Civil Veterinary Department. United Provinces 1932-42 - 1932-1942
Year: 1932
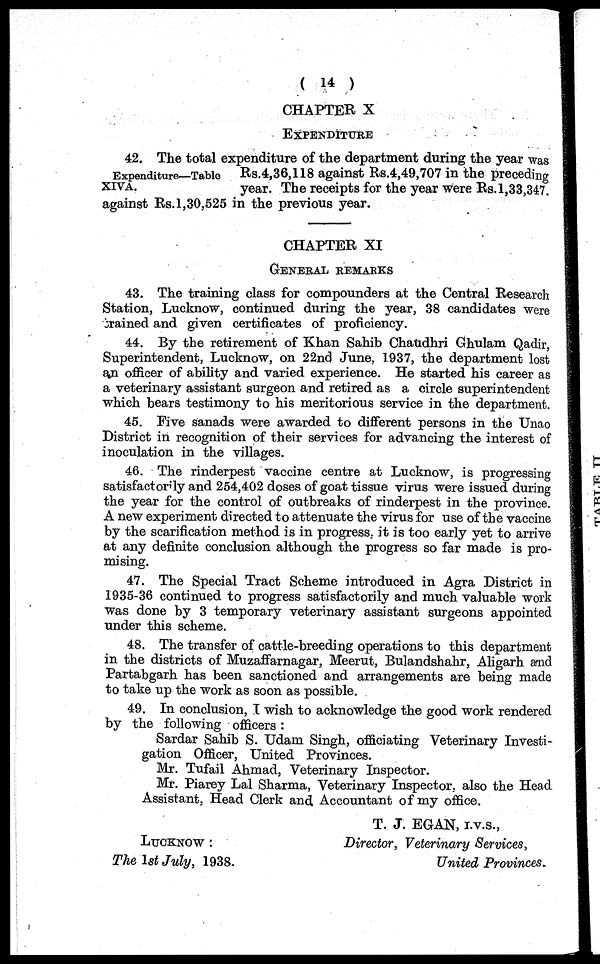
(14)
CHAPTER X
EXPENDITURE
Expenditure—Table
XIVA.
42. The total expenditure of the department during the year was
Rs.4,36,118 against Rs.4,49,707 in the preceding
year. The receipts for the year were Rs.1,33,347.
against Rs.1,30,525 in the previous year.
CHAPTER XI
GENERAL REMARKS
43. The training class for compounders at the Central Research
Station, Lucknow, continued during the year, 38 candidates were
crained and given certificates of proficiency.
44. By the retirement of Khan Sahib Chatidhri Ghulam Qadir,
Superintendent, Lucknow, on 22nd June, 1937, the department lost
an officer of ability and varied experience. He started his career as
a veterinary assistant surgeon and retired as a circle superintendent
which bears testimony to his meritorious service in the department.
45. Five sanads were awarded to different persons in the Unao
District in recognition of their services for advancing the interest of
inoculation in the villages.
46. The rinderpest vaccine centre at Lucknow, is progressing
satisfactorily and 254,402 doses of goat tissue virus were issued during
the year for the control of outbreaks of rinderpest in the province.
A new experiment directed to attenuate the virus for use of the vaccine
by the scarification method is in progress, it is too early yet to arrive
at any definite conclusion although the progress so far made is pro-
mising.
47. The Special Tract Scheme introduced in Agra District in
1935-36 continued to progress satisfactorily and much valuable work
was done by 3 temporary veterinary assistant surgeons appointed
under this scheme.
48. The transfer of cattle-breeding operations to this department
in the districts of Muzaffarnagar, Meerut, Bulandshahr, Aligarh and
Partabgarh has been sanctioned and arrangements are being made
to take up the work as soon as possible.
49. In conclusion, I wish to acknowledge the good work rendered
by the following officers:
Sardar Sahib S. Udam Singh, officiating Veterinary Investi-
gation Officer, United Provinces.
Mr. Tufail Ahmad, Veterinary Inspector.
Mr. Piarey Lal Sharma, Veterinary Inspector, also the Head
Assistant, Head Clerk and Accountant of my office.
LUCKNOW:
The 1st July, 1938.
T. J. EGAN, I.V.S.,
Director, Veterinary Services,
United Provinces.